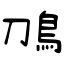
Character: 鳭